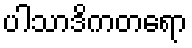
ပါသာဒိကတရော